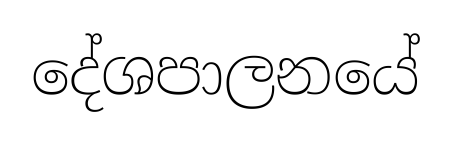
දේශපාලනයේ